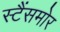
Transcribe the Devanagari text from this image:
स्टैंसमोर